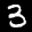
Label: 3